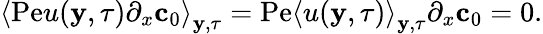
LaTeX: \begin{array}{r}{\left\langle\mathrm{Pe}u(\mathbf{y},\tau)\partial_{x}\mathbf{c}_{0}\right\rangle_{\mathbf{y},\tau}=\mathrm{Pe}\left\langle u(\mathbf{y},\tau)\right\rangle_{\mathbf{y},\tau}\partial_{x}\mathbf{c}_{0}=0.}\end{array}